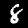
Digit: 8